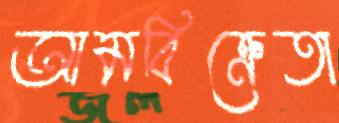
আমবিক্রেতা